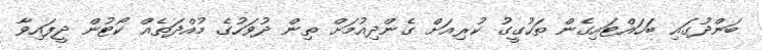
ބަންދުގައި ބަހައްޓައިގެން ތަހުގީގު ކުރިއަށް ގެންދިއުމަށް ތިން ދުވަހުގެ މުއްދަތެއް ކޯޓުން ދީފައިވާ